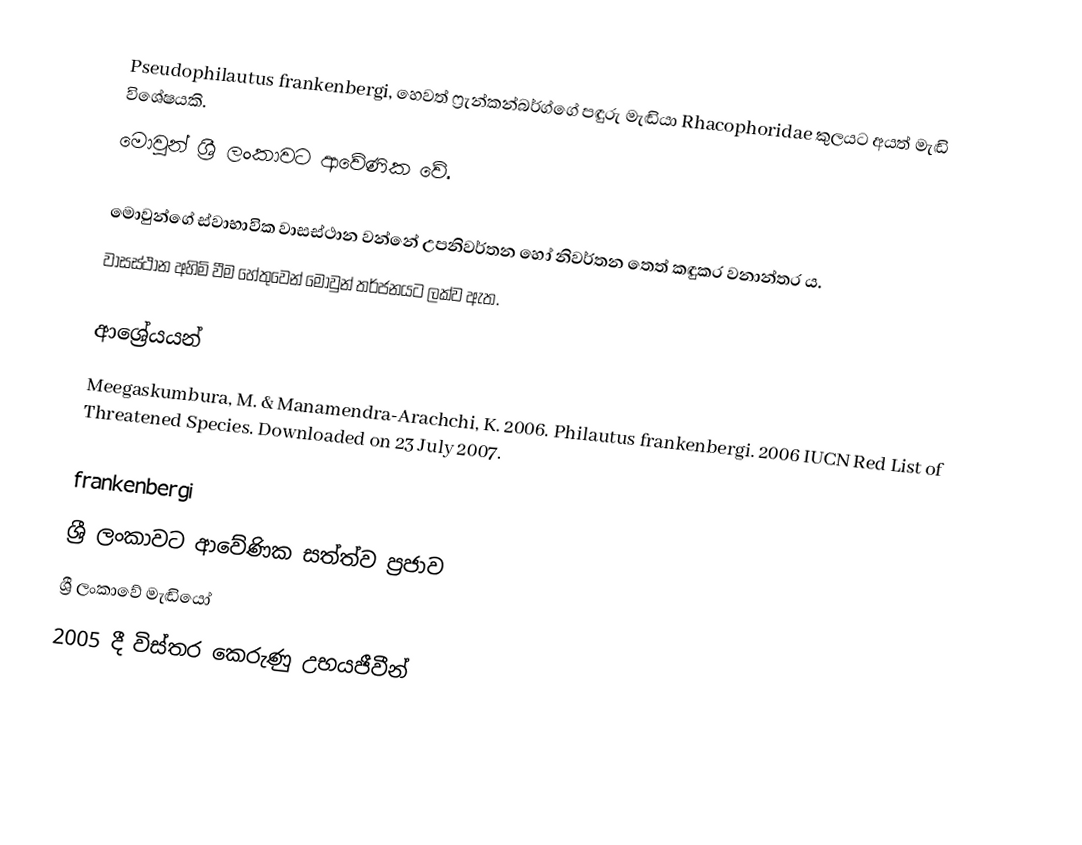
Pseudophilautus frankenbergi, හෙවත්  ෆ්‍රැන්කන්බර්ග්ගේ පඳුරු මැඬියා Rhacophoridae කුලයට අයත් මැඬි විශේෂයකි.
මොවුන් ශ්‍රී ලංකාවට ආවේණික වේ.

මොවුන්ගේ ස්වාභාවික වාසස්ථාන වන්නේ උපනිවර්තන හෝ නිවර්තන තෙත් කඳුකර වනාන්තර ය.
වාසස්‍ථාන අහිමි වීම හේතුවෙන් මොවුන් තර්ජනයට ලක්ව ඇත.

ආශ්‍රේයයන්
 Meegaskumbura, M. & Manamendra-Arachchi, K. 2006.  Philautus frankenbergi.   2006 IUCN Red List of Threatened Species.   Downloaded on 23 July 2007.

frankenbergi
ශ්‍රී ලංකාවට ආවේණික සත්ත්ව ප්‍රජාව
ශ්‍රී ලංකාවේ මැඬියෝ
2005 දී විස්තර කෙරුණු උභයජීවීන්